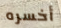
أخسره